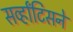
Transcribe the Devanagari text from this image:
सर्व्हांटिसने